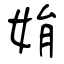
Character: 姢